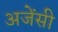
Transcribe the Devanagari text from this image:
अजेंसी